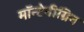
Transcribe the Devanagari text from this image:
मॉन्टेनीग्रिन